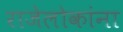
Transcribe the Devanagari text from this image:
राजेलोकांना